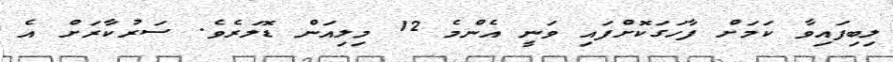
ލިބިފައިވާ ކަމަށް ފާހަގަކޮށްފައި ވަނީ އެންމެ 12 މިލިއަން ޑޮލަރެވެ. ސަރުކާރަށް އެ